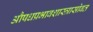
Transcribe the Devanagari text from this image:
औषधप्रभावशास्त्रासोबत